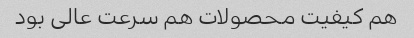
هم کیفیت محصولات هم سرعت عالی بود